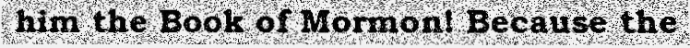
him the Book of Mormon! Because the